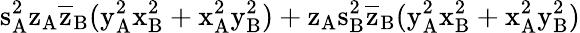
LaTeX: \mathrm{s_{A}^{2}\mathrm{z_{A}\mathrm{\overline{{z}}_{B}(\mathrm{y_{A}^{2}\mathrm{x_{B}^{2}+\mathrm{x_{A}^{2}\mathrm{y_{B}^{2})+\mathrm{z_{A}\mathrm{s_{B}^{2}\mathrm{\overline{{z}}_{B}(\mathrm{y_{A}^{2}\mathrm{x_{B}^{2}+\mathrm{x_{A}^{2}\mathrm{y_{B}^{2})}}}}}}}}}}}}}}